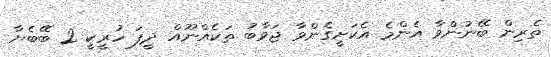
ތެރިން ބޭނުންވާ އެންމެ އެކަށީގެންވާ ޖަވާބު ތަކެއްނޫއް ދީފަ ހުރީކީ 2 ބޭބެޔާ